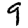
Digit: 9